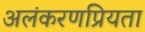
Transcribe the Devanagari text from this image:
अलंकरणप्रियता